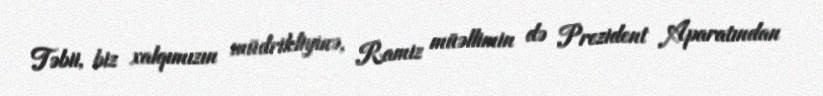
Təbii, biz xalqımızın müdrikliyinə, Ramiz müəllimin də Prezident Aparatından